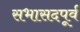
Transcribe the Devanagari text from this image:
सभासदपूर्व